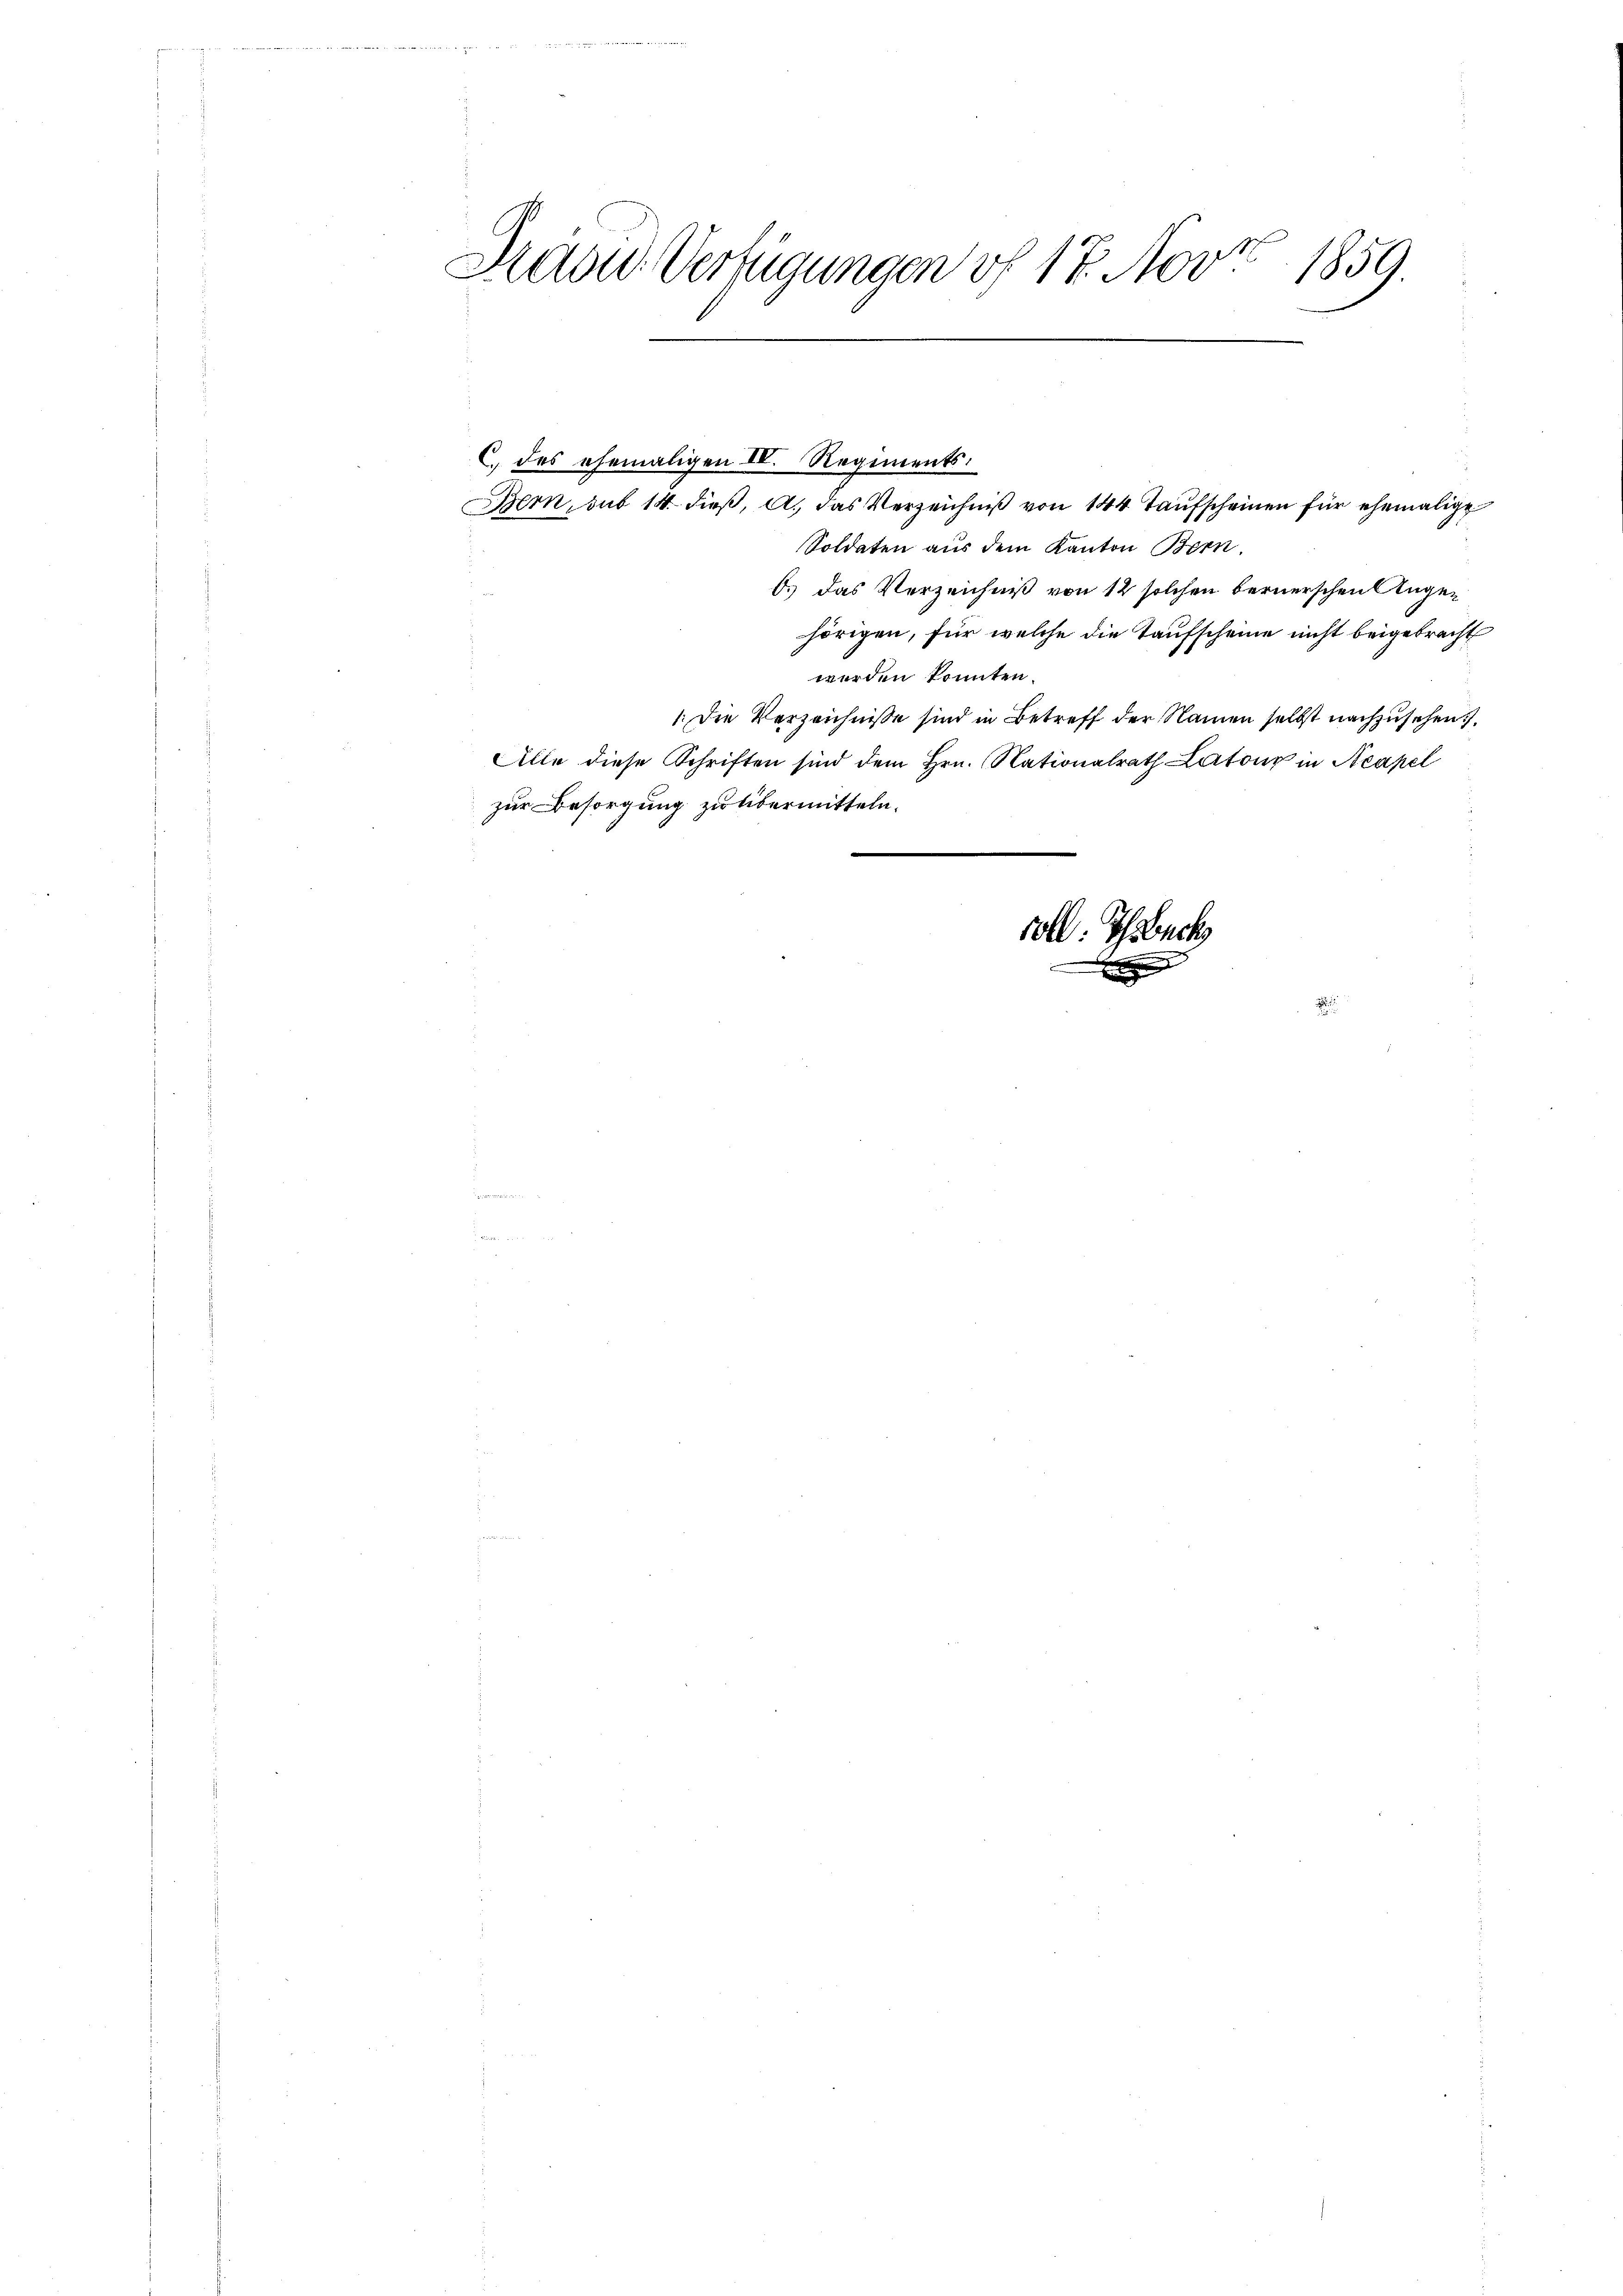
N
1859.
Haad-Verfügungen vf 17. Nov
e

C des ehemaligen II. Regiments.
Bern, sub 14. dieß, A. das Verzeichniß von 144 Taufscheinen für ehemalige
Soldaten aus dem Kanton Bern.
b.) Das Verzeichniß von 12 solchen bernerschen Angehörigen, für welche die Taufscheine nicht beigebracht
werden könnten.
 Die Verzeichnisse sind in Betreff der Namen selbst nachzusehen.
Alle diese Schriften sind dem Hrn. Nationalrath Latons in Neapel

e
zur Besorgung zu übermitteln.

voll. Ichsbach
g
x